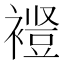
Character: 𫌋